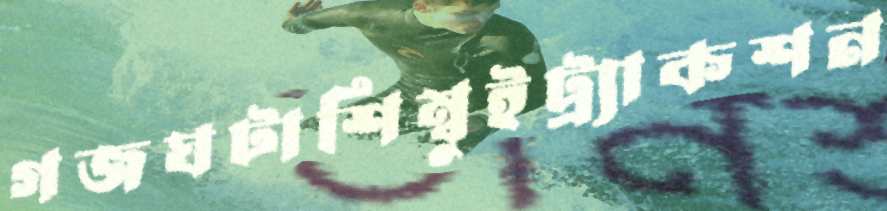
গজঘটাশিম্বুইট্র্যাকশন